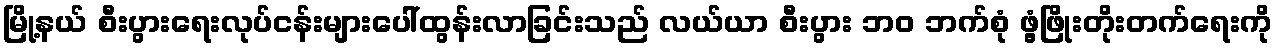
မြို့နယ် စီးပွားရေးလုပ်ငန်းများပေါ်ထွန်းလာခြင်းသည် လယ်ယာ စီးပွား ဘဝ ဘက်စုံ ဖွံ့ဖြိုးတိုးတက်ရေးကို